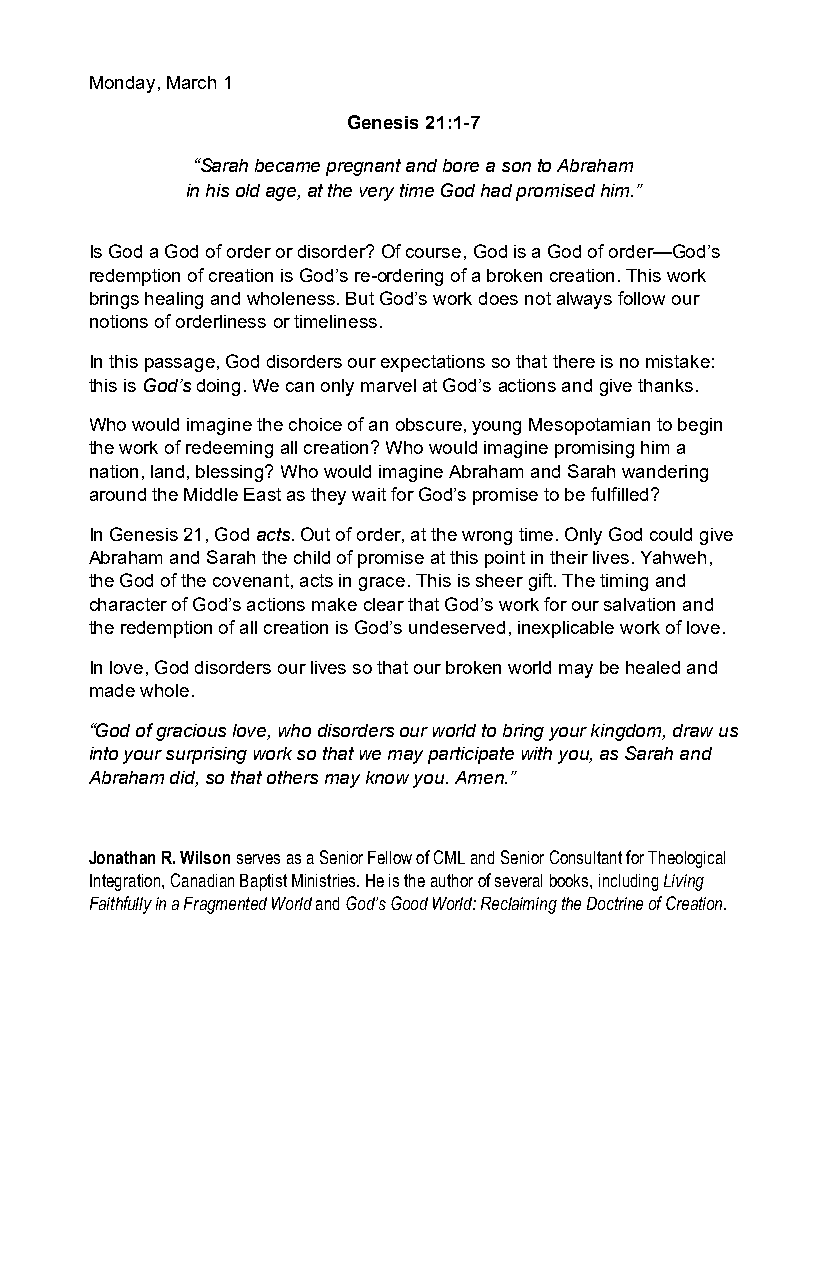
Monday, March 1
 Genesis 21:1-7
 “Sarah became pregnant and bore a son to Abraham
 in his old age, at the very time God had promised him.”
 Is God a God of order or disorder? Of course, God is a God of order—God’s
 redemption of creation is God’s re-ordering of a broken creation. This work
 brings healing and wholeness. But God’s work does not always follow our
 notions of orderliness or timeliness.
 In this passage, God disorders our expectations so that there is no mistake:
 this is God’s doing. We can only marvel at God’s actions and give thanks.
 Who would imagine the choice of an obscure, young Mesopotamian to begin
 the work of redeeming all creation? Who would imagine promising him a
 nation, land, blessing? Who would imagine Abraham and Sarah wandering
 around the Middle East as they wait for God’s promise to be fulfilled?
 In Genesis 21, God acts. Out of order, at the wrong time. Only God could give
 Abraham and Sarah the child of promise at this point in their lives. Yahweh,
 the God of the covenant, acts in grace. This is sheer gift. The timing and
 character of God’s actions make clear that God’s work for our salvation and
 the redemption of all creation is God’s undeserved, inexplicable work of love.
 In love, God disorders our lives so that our broken world may be healed and
 made whole.
 “God of gracious love, who disorders our world to bring your kingdom, draw us
 into your surprising work so that we may participate with you, as Sarah and
 Abraham did, so that others may know you. Amen.”
 Jonathan R. Wilson serves as a Senior Fellow of CML and Senior Consultant for Theological
 Integration, Canadian Baptist Ministries. He is the author of several books, including Living
 Faithfully in a Fragmented World and God’s Good World: Reclaiming the Doctrine of Creation.